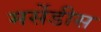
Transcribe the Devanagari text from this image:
मर्सेडीस